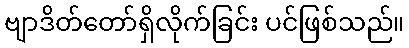
ဗျာဒိတ်တော်ရှိလိုက်ခြင်း ပင်ဖြစ်သည်။